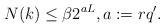
LaTeX: \begin{align*} N(k)\le \beta 2^{aL}, a:=rq'. \end{align*}